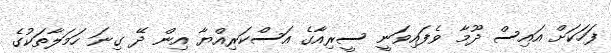
ފަހަކަށް އައިސް ދޫމާ ވެފައިވަނީ ސީރިއާގެ އަސްކަރިއްޔާ އިން ދޭ ގިނަ ހަމަލާތަކުގެ